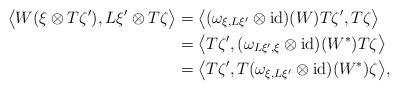
LaTeX: \begin{align*}\bigl\langle W(\xi\otimes T\zeta'),L\xi'\otimes T\zeta\bigr\rangle&=\bigl\langle(\omega_{\xi,L\xi'}\otimes\operatorname{id})(W)T\zeta',T\zeta\bigr\rangle \\&=\bigl\langle T\zeta',(\omega_{L\xi',\xi}\otimes\operatorname{id})(W^*)T\zeta\bigr\rangle \\&=\bigl\langle T\zeta',T(\omega_{\xi,L\xi'}\otimes\operatorname{id})(W^*)\zeta\bigr\rangle,\end{align*}